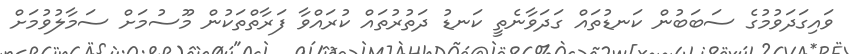
ވައިގަދަވުމުގެ ސަބަބުން ކަނޑުތައް ގަދަވާނެތީ ކަނޑު ދަތުރުތައް ކުރައްވާ ފަރާތްތަކުން މޫސުމަށް ސަމާލުވުމަށް